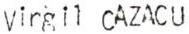
Virgil CAZACU